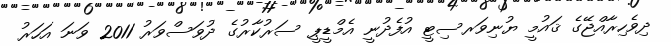
ދިވެހިރާއްޖޭގެ ޤައުމީ ޔުނިވަރސިޓީ އުފެދުނީ އެމްޑީޕީ ސަރުކާރުގެ ދުވަސްވަރު 2011 ވަނަ އަހަރު